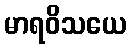
မာရဝိသယေ